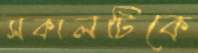
সকালটিকে